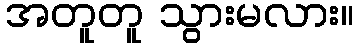
အတူတူ သွားမလား။